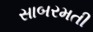
સાબરમતી